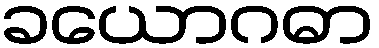
ခယောဂဓာ